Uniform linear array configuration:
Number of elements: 4
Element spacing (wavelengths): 0.75
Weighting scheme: blackman
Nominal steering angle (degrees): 15
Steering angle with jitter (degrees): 13.436
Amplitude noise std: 0.05
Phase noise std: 0.05

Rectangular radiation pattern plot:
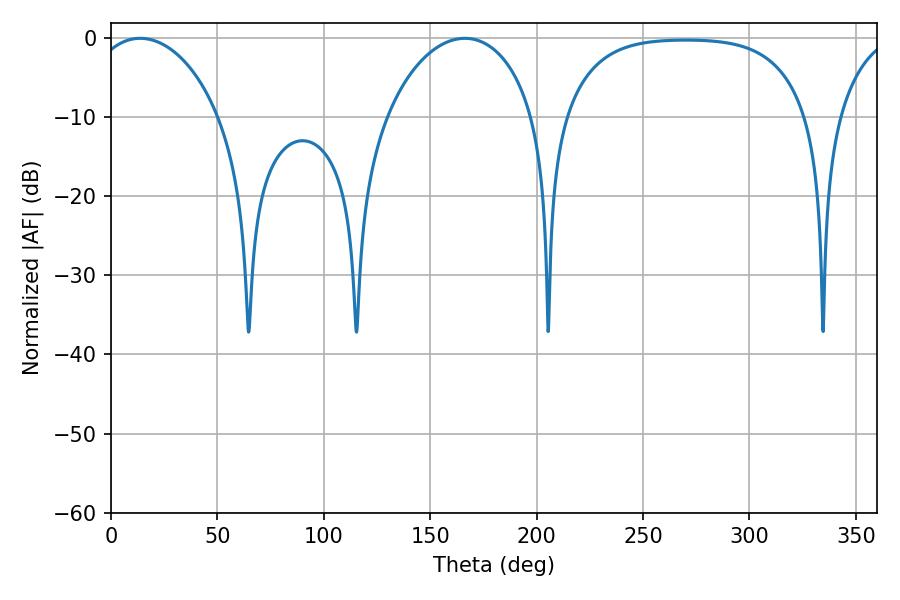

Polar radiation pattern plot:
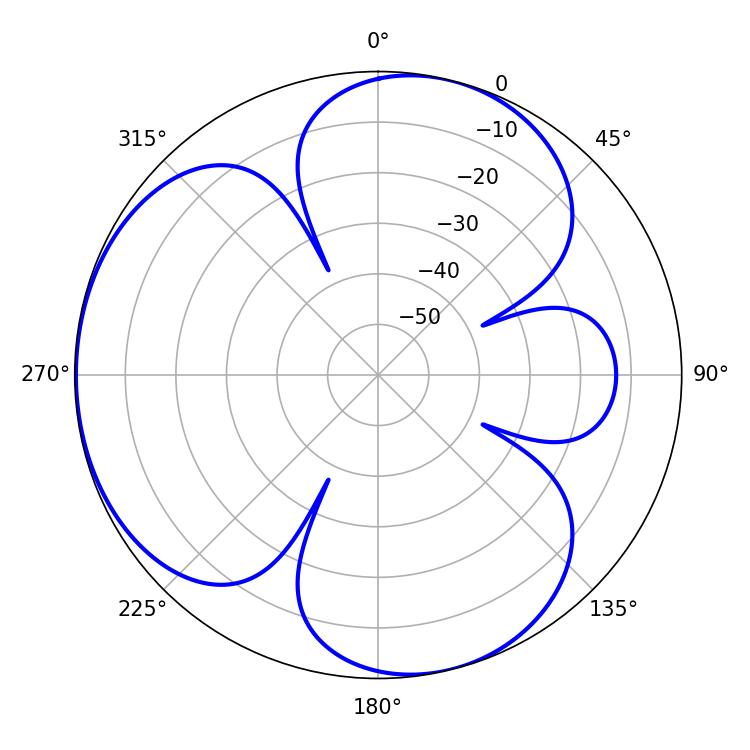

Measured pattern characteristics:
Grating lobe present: TRUE
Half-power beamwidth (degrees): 34.74
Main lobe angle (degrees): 13.68